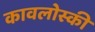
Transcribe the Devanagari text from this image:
कावलोस्की